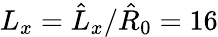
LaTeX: L_{x}=\hat{L}_{x}/\hat{R}_{0}=16